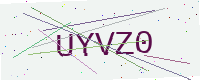
Text: UYVZ0